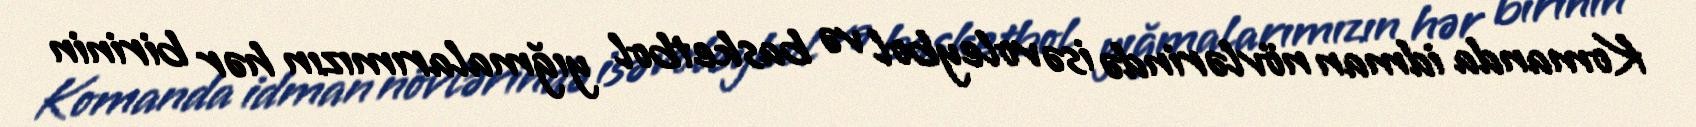
Komanda idman növlərində isə voleybol və basketbol yığmalarımızın hər birinin